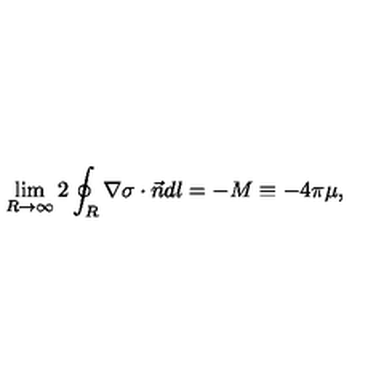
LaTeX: \lim _ { R \to \infty } 2 \oint _ { R } \nabla \sigma \cdot \vec { n } d l = - M \equiv - 4 \pi \mu ,